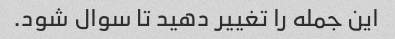
این جمله را تغییر دهید تا سوال شود.